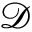
\mathcal { D }